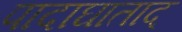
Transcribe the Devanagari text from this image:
पादाघाताद्